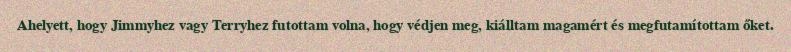
Ahelyett, hogy Jimmyhez vagy Terryhez futottam volna, hogy védjen meg, kiálltam magamért és megfutamítottam őket.